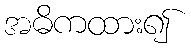
အဓိကထား၍